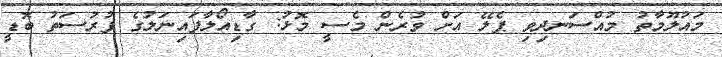
މައުލޫމާތު މުއްސަނދިވި ޕެލޭ އަށް ވުރެން މެސީ މޮޅު: ގާޑިއޯލާފައިނަލުގެ ފުރުސަތު ބޮޑީ